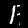
Digit: 1